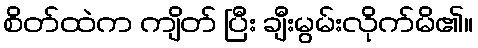
စိတ်ထဲက ကျိတ် ပြီး ချီးမွမ်းလိုက်မိ၏။